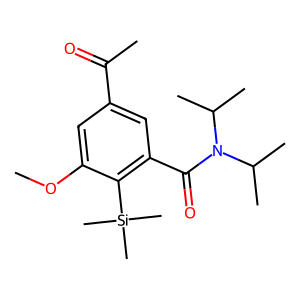
SMILES: COc1cc(C(C)=O)cc(C(=O)N(C(C)C)C(C)C)c1[Si](C)(C)C
Inhibits HIV replication: No